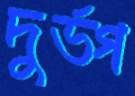
দুর্ভগ